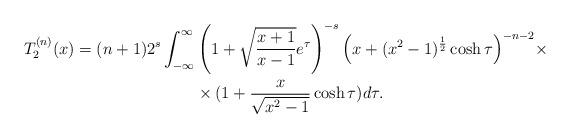
LaTeX: \begin{align*} T_2^{(n)} (x) = (n+1) 2^s \int_{-\infty}^{\infty} & \left( 1 + \sqrt{\frac{x + 1}{x - 1}} e^{\tau} \right)^{-s} \Big( x + (x^2 - 1)^{\frac{1}{2}} \cosh \tau \Big)^{- n - 2} \times \\ & \times ( 1 + \frac{x}{\sqrt{ x^2 - 1}} \cosh \tau ) d\tau .\end{align*}